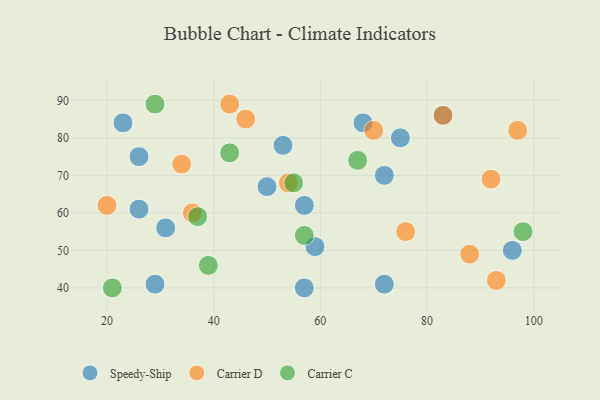
{"axis": {"x": "GDP", "y": "Life Expectancy"}, "legend": ["Carrier C", "Carrier D", "Speedy-Ship"], "data": [{"x": "29", "y": 41, "type": "Speedy-Ship"}, {"x": "83", "y": 86, "type": "Speedy-Ship"}, {"x": "53", "y": 78, "type": "Speedy-Ship"}, {"x": "72", "y": 41, "type": "Speedy-Ship"}, {"x": "57", "y": 62, "type": "Speedy-Ship"}, {"x": "23", "y": 84, "type": "Speedy-Ship"}, {"x": "96", "y": 50, "type": "Speedy-Ship"}, {"x": "26", "y": 61, "type": "Speedy-Ship"}, {"x": "31", "y": 56, "type": "Speedy-Ship"}, {"x": "50", "y": 67, "type": "Speedy-Ship"}, {"x": "26", "y": 75, "type": "Speedy-Ship"}, {"x": "72", "y": 70, "type": "Speedy-Ship"}, {"x": "75", "y": 80, "type": "Speedy-Ship"}, {"x": "59", "y": 51, "type": "Speedy-Ship"}, {"x": "57", "y": 40, "type": "Speedy-Ship"}, {"x": "68", "y": 84, "type": "Speedy-Ship"}, {"x": "20", "y": 62, "type": "Carrier D"}, {"x": "43", "y": 89, "type": "Carrier D"}, {"x": "83", "y": 86, "type": "Carrier D"}, {"x": "36", "y": 60, "type": "Carrier D"}, {"x": "88", "y": 49, "type": "Carrier D"}, {"x": "70", "y": 82, "type": "Carrier D"}, {"x": "92", "y": 69, "type": "Carrier D"}, {"x": "34", "y": 73, "type": "Carrier D"}, {"x": "54", "y": 68, "type": "Carrier D"}, {"x": "97", "y": 82, "type": "Carrier D"}, {"x": "93", "y": 42, "type": "Carrier D"}, {"x": "76", "y": 55, "type": "Carrier D"}, {"x": "46", "y": 85, "type": "Carrier D"}, {"x": "37", "y": 59, "type": "Carrier C"}, {"x": "57", "y": 54, "type": "Carrier C"}, {"x": "98", "y": 55, "type": "Carrier C"}, {"x": "39", "y": 46, "type": "Carrier C"}, {"x": "29", "y": 89, "type": "Carrier C"}, {"x": "67", "y": 74, "type": "Carrier C"}, {"x": "43", "y": 76, "type": "Carrier C"}, {"x": "21", "y": 40, "type": "Carrier C"}, {"x": "55", "y": 68, "type": "Carrier C"}]}